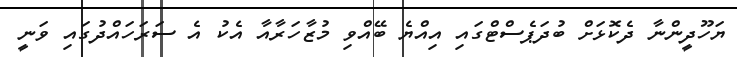
ޔަހޫދީންނާ ދެކޮޅަށް ބުދަޕެސްޓްގައި އިއްޔެ ބޭއްވި މުޒާހަރާއާ އެކު އެ ސަރަހައްދުގައި ވަނީ